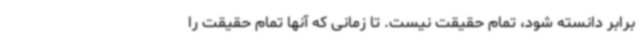
برابر دانسته شود، تمام حقیقت نیست. تا زمانی که آنها تمام حقیقت را